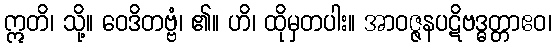
ဣတိ၊ သို့။ ဝေဒိတဗ္ဗံ၊ ၏။ ဟိ၊ ထိုမှတပါး။ အာဝဇ္ဇနပဋိဗဒ္ဓတ္တာဧဝ၊